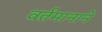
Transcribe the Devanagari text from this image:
वर्तमानाने